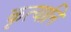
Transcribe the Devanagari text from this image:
कृत्यानि